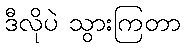
ဒီလိုပဲ သွားကြတာ